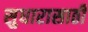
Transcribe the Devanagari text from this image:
सुधारासाठी